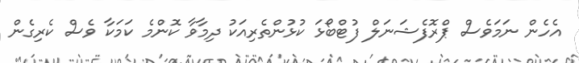
އެހެން ނަމަވެސް ޕްރޮފެޝަނަލް ފުޓްބޯޅަ ކުޅުންތެރިއަކު ދިމާވާ ކޮންމެ ކަމަކާ ވެސް ކެރިގެން